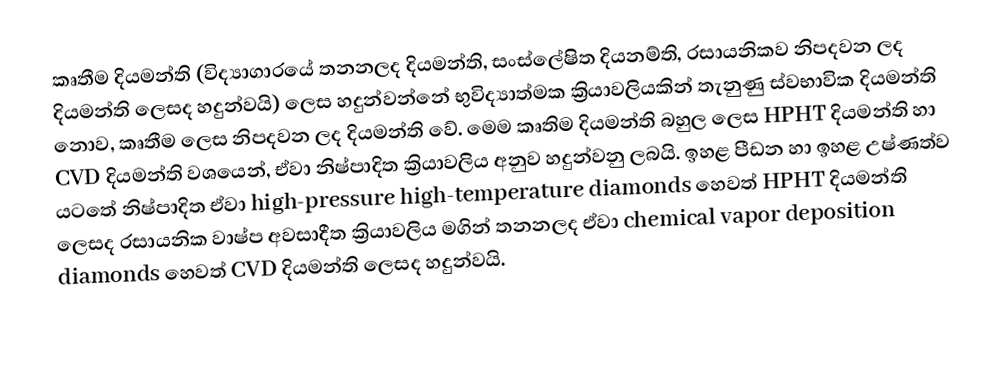
කෘතීම දියමන්ති (විද්‍යාගාරයේ තනනලද දියමන්ති, සංස්ලේෂිත දියනම්ති, රසායනිකව නිපදවන ලද දියමන්ති ලෙසද හදුන්වයි) ලෙස හදුන්වන්නේ භුවිද්‍යාත්මක ක්‍රියාවලියකින් තැනුණු ස්වභාවික දියමන්ති නොව, කෘතීම ලෙස නිපදවන ලද දියමන්ති වේ. මෙම කෘතිම දියමන්ති බහුල ලෙස HPHT දියමන්ති හා CVD දියමන්ති වශයෙන්, ඒවා නිෂ්පාදිත ක්‍රියාවලිය අනුව හදුන්වනු ලබයි. ඉහළ පීඩන හා ඉහළ උෂ්ණත්ව යටතේ නිෂ්පාදිත ඒවා high-pressure high-temperature diamonds හෙවත් HPHT දියමන්ති ලෙසද රසායනික වාෂ්ප අවසාදීත ක්‍රියාවලිය මගින් තනනලද ඒවා chemical vapor deposition diamonds හෙවත් CVD දියමන්ති ලෙසද හදුන්වයි.